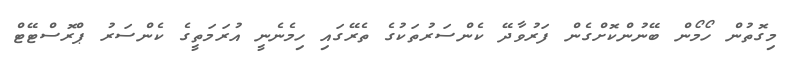
މިގޮތުން ހޯމޯން ބޭނުންކޮށްގެން ފަރުވާދޭ ކެންސަރުތަކުގެ ތެރޭގައި ހިމެނެނީ އުރަމަތީގެ ކެންސަރު ޕްރޮސްޓޭޓް